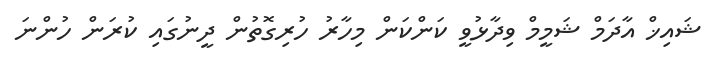
ޝައިޚް އާދަމް ޝަމީމް ވިދާޅުވީ ކަންކަން މިހާރު ހުރިގޮތުން ދީނުގައި ކުރަން ހުންނަ